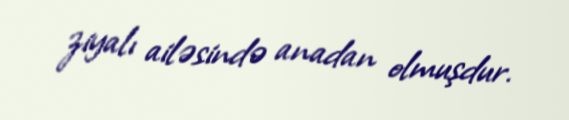
ziyalı ailəsində anadan olmuşdur.